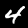
Label: 4